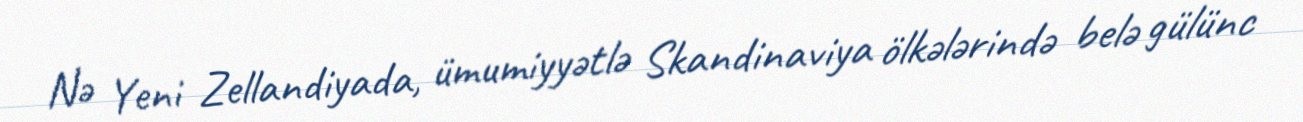
Nə Yeni Zellandiyada, ümumiyyətlə Skandinaviya ölkələrində belə gülünc